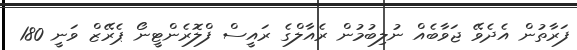
ފަރާތުން އެދެވޭ ޖަވާބެއް ނުލިބުމުން ރެއާލްގެ ރައީސް ފްލޮރެންޓީނޯ ޕެރޭޒް ވަނީ 180